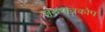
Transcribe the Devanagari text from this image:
जठरांत्रकोप